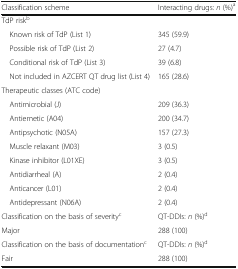
| Classification scheme | Interacting drugs: n (%)a |
 | --- | --- |
 | <COLSPAN=2> TdP riskb |
 | Known risk of TdP (List 1) | 345 (59.9) |
 | Possible risk of TdP (List 2) | 27 (4.7) |
 | Conditional risk of TdP (List 3) | 39 (6.8) |
 | Not included in AZCERT QT drug list (List 4) | 165 (28.6) |
 | <COLSPAN=2> Therapeutic classes (ATC code) |
 | Antimicrobial (J) | 209 (36.3) |
 | Antiemetic (A04) | 200 (34.7) |
 | Antipsychotic (N05A) | 157 (27.3) |
 | Muscle relaxant (M03) | 3 (0.5) |
 | Kinase inhibitor (L01XE) | 3 (0.5) |
 | Antidiarrheal (A) | 2 (0.4) |
 | Anticancer (L01) | 2 (0.4) |
 | Antidepressant (N06A) | 2 (0.4) |
 | Classification on the basis of severityc | QT-DDIs: n (%)d |
 | Major | 288 (100) |
 | Classification on the basis of documentationc | QT-DDIs: n (%)d |
 | Fair | 288 (100) |